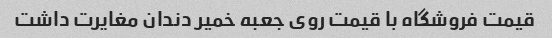
قیمت فروشگاه با قیمت روی جعبه خمیر دندان مغایرت داشت